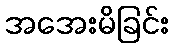
အအေးမိခြင်း